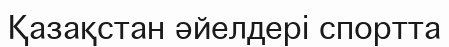
Қазақстан әйелдері спортта